Ridala_vallavalitsus, lk 6
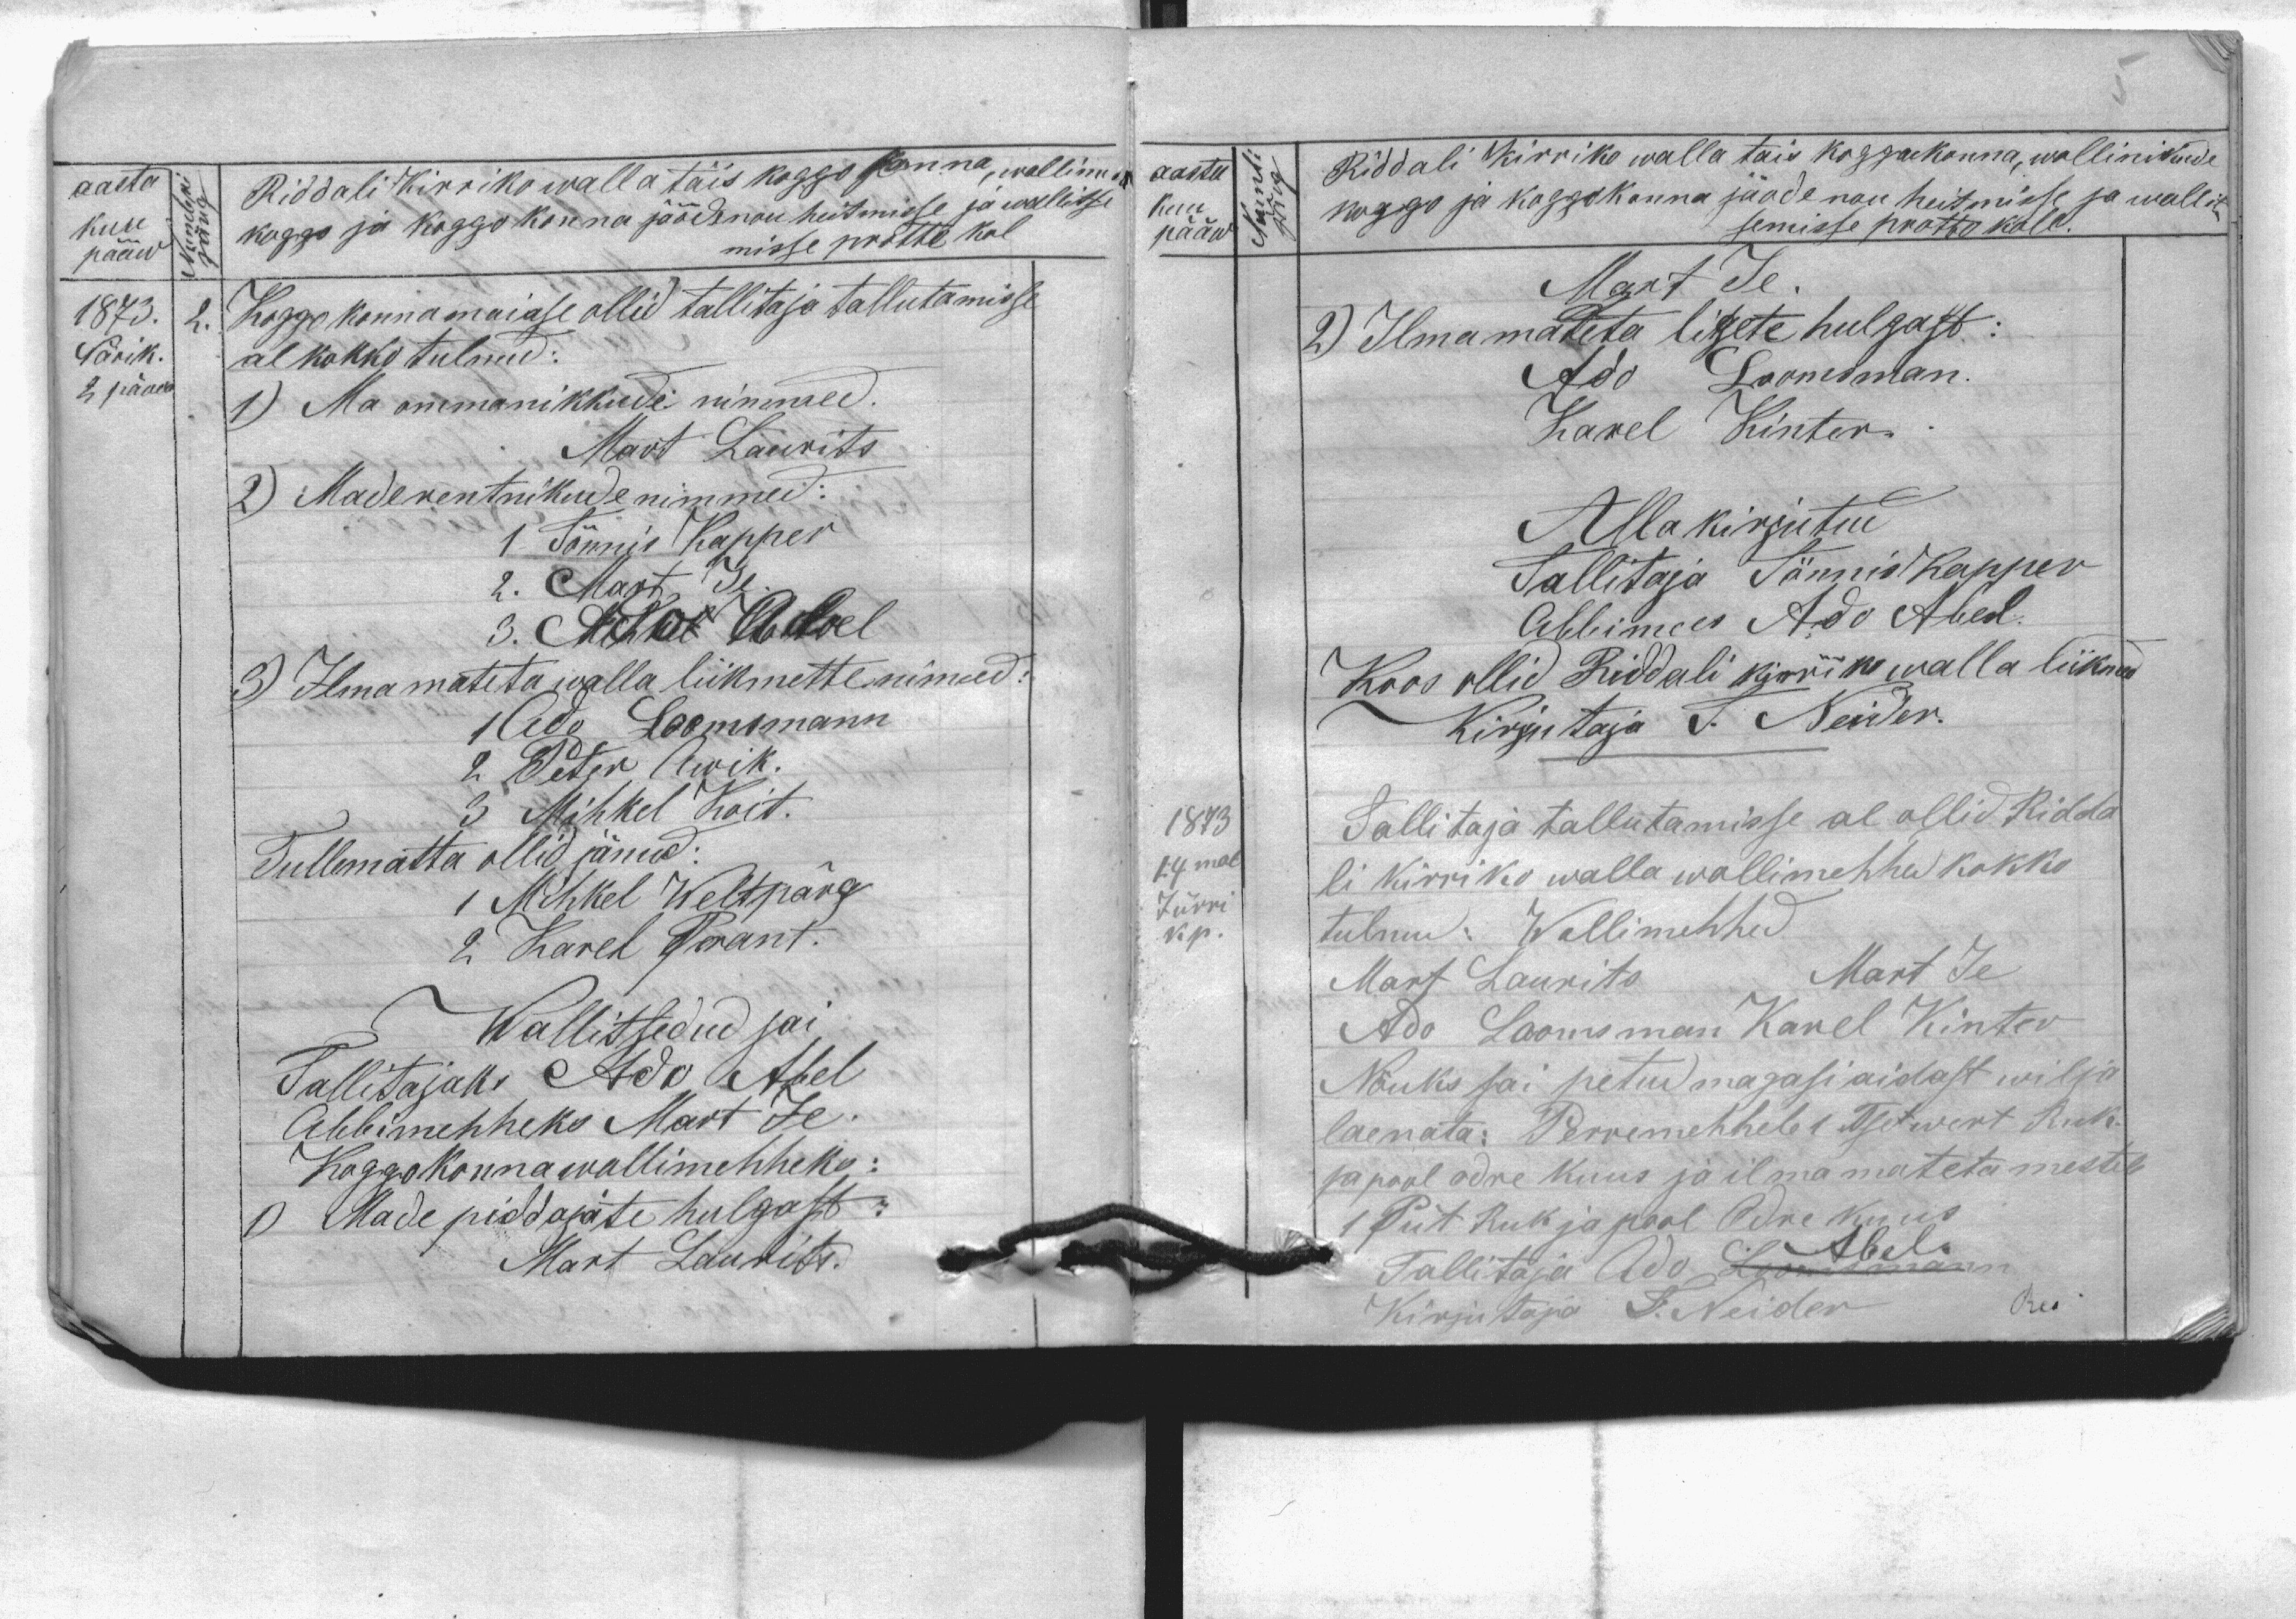
aasta
Riddali Kirriko walla täis koggokonna, wollim.
koggo ja koggokonna jäode nou heitmisse ja wallitse
kuu
misse protokoll
pääw
1873.
2.
Koggokonna maiase ollid tallitajad tallutamisse
Närik.
al kokko tulnud:
2 pääw
1) Ma ommanikkude nimmed.
Mart Laurits
2) Maderentnikude nimmed:
1 Tõnnis Kapper
2. Mart Je.
3. Ado Abel
3) Ilma mateta walla liikmette nimmed:
1 Ado Loomsmann
2 Peter Awik.
3 Mihkel Koit
Tullematta ollid jänud:
1 Mihkel Weltpärg
2 Karel Perant
Wallitsedud sai
Tallitajaks Ado Abel
Abbimehheks Mart Je.
Koggokonna wollimehheks:
1) Made pissajate hulgast:
Mart Laurits.
Numbri
järg

aasta
Numbi
järg
Kuu
pääw
1873
14mal
Jürri
kp.
Riddali Kirriko walla tais koggokonna, wollinikude
koggo ja koggokonna jäode nou heitmisse ja wallit
semisse prottokoll.
Mart Je.
2) Ilmamateta ligete hulgast:
Ado Loomsman.
Karel Kinter.
Allakirjutud
Tallitaja Tönnis Kapper
Abbimees Ado Abel
Koos ollid Riddali kirriko walla liikmed
Kirjutaja T: Neider.
Tallitaja tallutamisse al ollid Ridda
li Kirriko walla wollimehhed kokko
tulnu: Wollimehhed
Mart Je
Mart Laurits
Ado Loomsman Karel Kinter
Nõuks sai petud magasi aidast wilja
laenata: Perremehhele 1 Tsetwert Ruk.
ja pool odre kuus ja ilma mateta mestel
1 Tset Ruk ja pool Odre kuus
Abel
Tallitaja Ado Loomsmann
Kirjutaja T: Neider